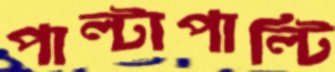
পাল্টাপাল্টি